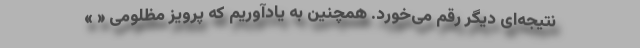
نتیجه‌ای دیگر رقم می‌خورد. همچنین به یادآوریم که پرویز مظلومی « »